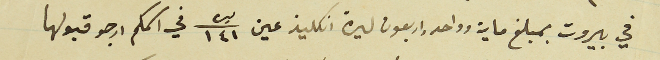
في بيروت بمبلغ ماية وواحد واربعون ليرة انكليز عين ليره/١٤١ في اسمكم ارجو قبولها